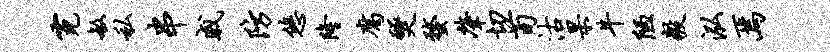
霓敏私串戚防悠隆腐燹蝥肇切荀沽杲牛陋毅泓焉